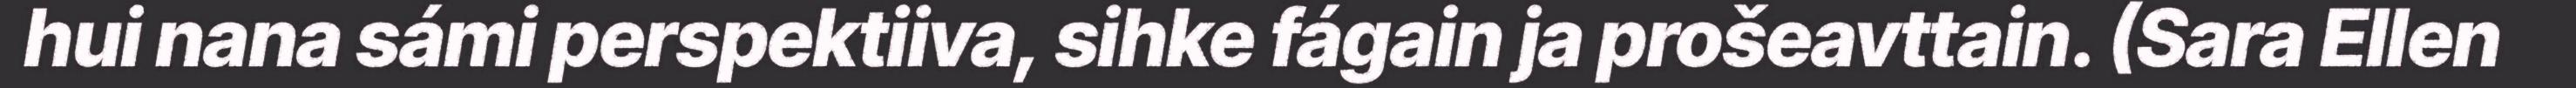
hui nana sámi perspektiiva, sihke fágain ja prošeavttain. (Sara Ellen